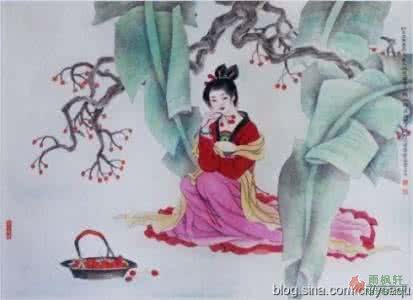
一别家山音信杳，百种相思，肠断何时了。